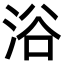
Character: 浴